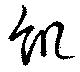
飢